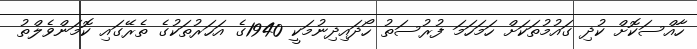
ހާއްސަކޮށް ކުދި ގައުމުތަކަށް ހަމަހަމަ ފުރުސަތު ހޯދައިދިނުމަކީ 1940ގެ އަހަރުތަކުގެ ތެރޭގައި ކޮމަންވެލްތު